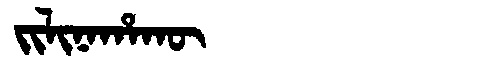
Manchu: ᠵᡳᠯᡳᠨᠠᡥᠠᡴᡡ
Romanization: JILINAHAKŪ